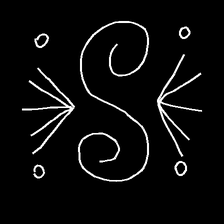
Glyph: aeroform